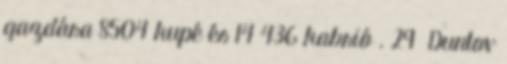
gazdára 8504 kupé és 14 436 kabrió . 29 Duntov